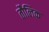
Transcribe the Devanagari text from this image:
तौलिक